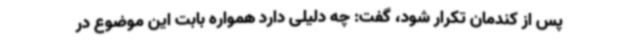
پس از کندمان تکرار شود، گفت: چه دلیلی دارد همواره بابت این موضوع در